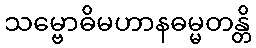
သမ္ဗောဓိမဟာနဓမ္မတန္တိ